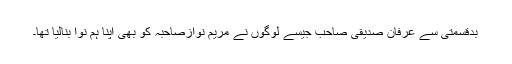
بدقسمتی سے عرفان صدیقی صاحب جیسے لوگوں نے مریم نوازصاحبہ کو بھی اپنا ہم نوا بنالیا تھا۔